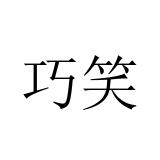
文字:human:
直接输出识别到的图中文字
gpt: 巧笑